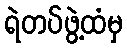
ရဲတပ်ဖွဲ့ထံမှ